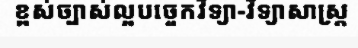
ខ្ពស់ច្បាស់ល្អបច្ចេកវិទ្យា-វិទ្យាសាស្ត្រ